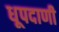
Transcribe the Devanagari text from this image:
धूपदाणी